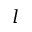
l